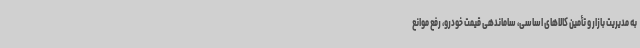
به مدیریت بازار و تأمین کالاهای اساسی، ساماندهی قیمت خودرو، رفع موانع